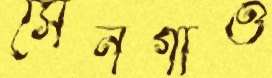
সেনগাঁও